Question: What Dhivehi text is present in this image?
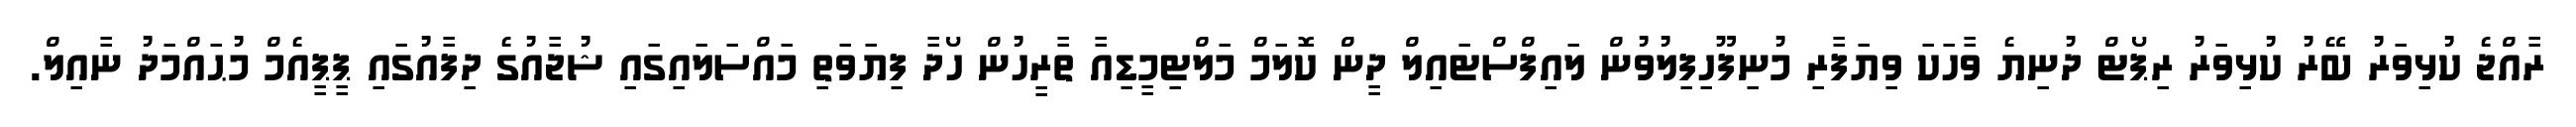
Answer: ރާއްޖެ ކުޅިވަރު ބޭރު ކުޅިވަރު ރިޕޯޓް ދުނިޔެ ވާހަކަ ވިޔަފާރި މުނިފޫހިފިލުވުން ލައިފްސްޓައިލް ދީން ކޮލަމް މަލްޓިމީޑިއާ ތާރީހުން ހޯދާ ފިޔަވަތި މައްސަލައިގައި ޝުޖާއުގެ ދިފާއުގައި ޕީޕީއެމް މުޙައްމަދު ނާއިލް.